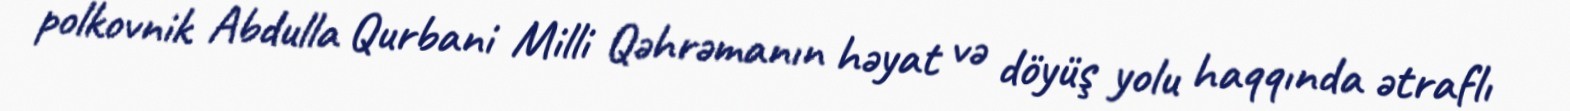
polkovnik Abdulla Qurbani Milli Qəhrəmanın həyat və döyüş yolu haqqında ətraflı